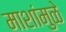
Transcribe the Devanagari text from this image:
माशांमुळे